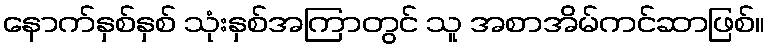
နောက်နှစ်နှစ် သုံးနှစ်အကြာတွင် သူ အစာအိမ်ကင်ဆာဖြစ်။